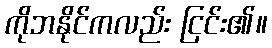
ကိုဘနိုင်ကလည်း ငြင်း၏။